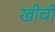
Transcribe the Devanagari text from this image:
खीचीं